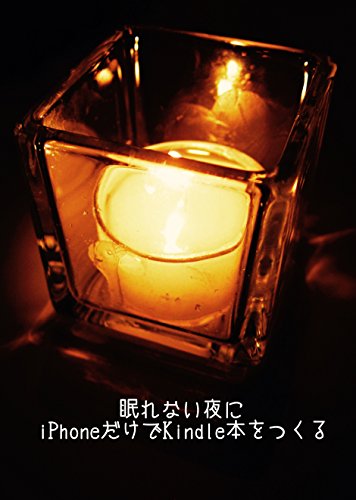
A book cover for Publishing a Kindle book  just on the iPhone at night you can not sleep (Japanese Edition); NODA Hayato; Computers & Technology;